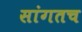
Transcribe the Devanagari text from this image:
सांगतच